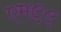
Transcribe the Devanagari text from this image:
एम९९